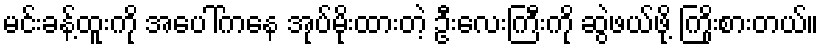
မင်းခန့်ထူးကို အပေါ်ကနေ အုပ်မိုးထားတဲ့ ဦးလေးကြီးကို ဆွဲဖယ်ဖို့ ကြိုးစားတယ်။